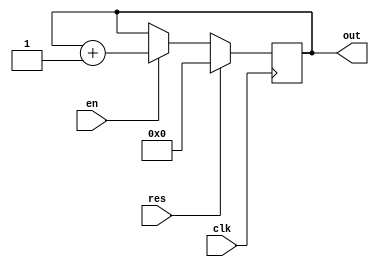
module binary(out,en,clk,res);
  output reg [3:0]out;
  input en,clk,res;
  always @(posedge clk)
  begin
  if(res)
    out<=4'b0;
  else if(en)
    out<=out+1'b1;
  end
endmodule